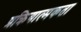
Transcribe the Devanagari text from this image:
प्रक्रियात्मकता